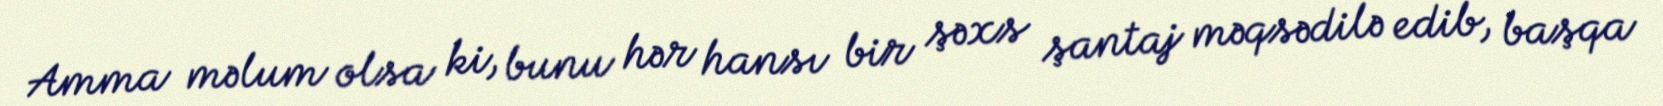
Amma məlum olsa ki, bunu hər hansı bir şəxs şantaj məqsədilə edib, başqa